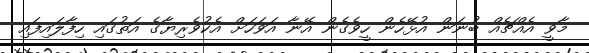
މާވީ އެއްޗެއް ބުނަން އުޅޭހެން ހީވެގެން އޭނާ އަވަހަށް އެކުވެރިޔާގެ އަތުގައި ހިފާލައިފައި